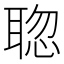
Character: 𦖟